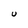
Character: u